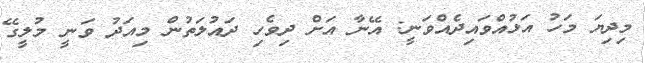
މިދިޔަ މަހު އަޅުއްވައިދެއްވަނީ: އޭނާ އަށް ދިވެހި ދައުލަތުން މިއަދު ވަނީ މުލީގޭ